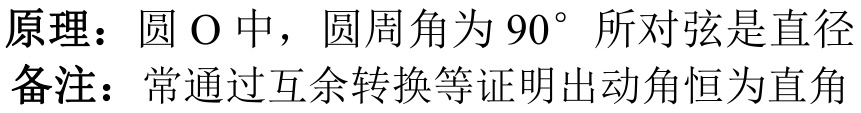
原理：圆 $\mathrm{O}$ 中，圆周角为 $90^{\circ}$ 所对弦是直径
备注：常通过互余转换等证明出动角恒为直角